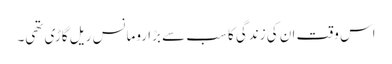
اس وقت ان کی زندگی کا سب سے بڑا رومانس ریل گاڑی تھی۔